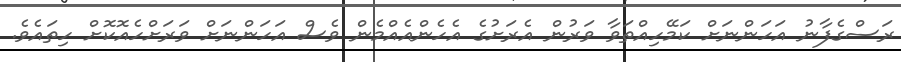
ރަސްގެފާނު އަހަންނަށް ކަމޭހިއްތަވާ ވަރުން އެރަށުގެ އެހެންއެއްމެން ވެސް އަހަންނަށް ވަރަށްހެއޮކޮށް ހިތައެވެ.